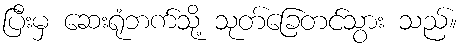
ပြီးမှ ဆေးရုံဘက်သို့ သုတ်ခြေတင်သွား သည်။